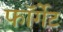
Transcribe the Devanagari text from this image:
फॉर्गेट